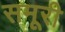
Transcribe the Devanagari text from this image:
समूरी